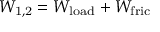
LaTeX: W _ { \mathrm { 1 , 2 } } = W _ { \mathrm { l o a d } } + W _ { \mathrm { f r i c } }